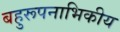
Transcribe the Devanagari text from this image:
बहुरूपनाभिकीय